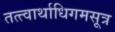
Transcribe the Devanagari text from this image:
तत्त्वार्थाधिगमसूत्र